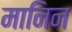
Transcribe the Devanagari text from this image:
मानिन